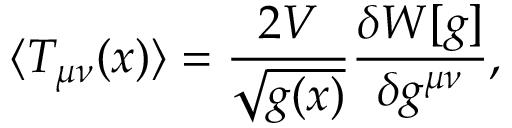
\langle T _ { \mu \nu } ( x ) \rangle = \frac { 2 V } { \sqrt { g ( x ) } } \frac { \delta W [ g ] } { \delta g ^ { \mu \nu } } ,